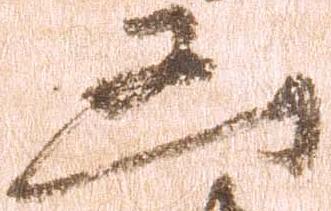
凶